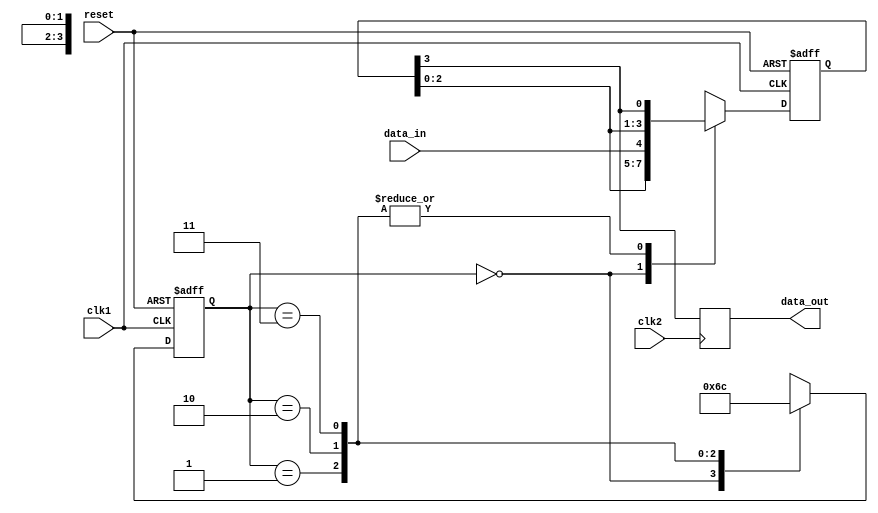
module four_flop_synchronizer (
    input wire clk1, // Clock signal for source domain
    input wire clk2, // Clock signal for destination domain
    input wire reset, // Asynchronous reset signal
    input wire data_in, // Data signal to be synchronized
    output reg data_out // Synchronized data output
);

reg [3:0] sync_data; // Data register for synchronization
reg [1:0] state; // State register for synchronization

always @(posedge clk1 or posedge reset) begin
    if (reset) begin
        sync_data <= 4'b1111; // Reset data to all ones
        state <= 2'b00; // Reset state to initial state
    end else begin
        case (state)
            2'b00: begin
                sync_data <= {sync_data[2:0], data_in}; // Shift in new data
                state <= 2'b01; // Move to next state
            end
            2'b01: begin
                sync_data <= {sync_data[2:0], sync_data[3]}; // Shift in delayed data
                state <= 2'b10; // Move to next state
            end
            2'b10: begin
                sync_data <= {sync_data[2:0], sync_data[3]}; // Shift in delayed data
                state <= 2'b11; // Move to next state
            end
            2'b11: begin
                sync_data <= {sync_data[2:0], sync_data[3]}; // Shift in delayed data
                state <= 2'b00; // Move back to initial state
            end
        endcase
    end
end

always @(posedge clk2) begin
    data_out <= sync_data[3]; // Output synchronized data
end

endmodule